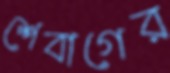
শেবাগের